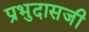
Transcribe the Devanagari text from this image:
प्रभुदासजी